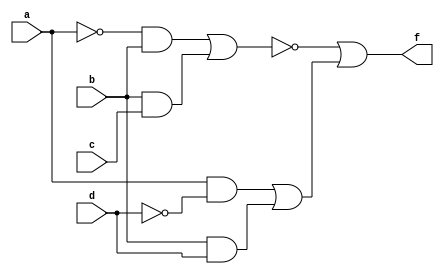
`timescale 1ns / 1ps
//////////////////////////////////////////////////////////////////////////////////
// Company: 
// Engineer: 
// 
// Design Name: 
// Module Name: odev1_b
// Project Name: 
// Target Devices: 
// Tool Versions: 
// Description: 
// 
// Dependencies: 
// 
// Revision:
// Revision 0.01 - File Created
// Additional Comments:
// 
//////////////////////////////////////////////////////////////////////////////////


module odev1_b(
input a,b,c,d,
output f
);

wire part1,part2,part3,part4,part5,part6,notA,notD;

not(notA,a);
not(notD,d);
and and1(part1,notA,b);
and and2(part2,b,c);
nor(part5,part1,part2);
and and3(part3,a,notD);
and and4(part4,b,d);
or or1(part6,part3,part4);
or or2(f,part5,part6);

endmodule